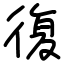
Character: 復